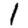
Digit: 1